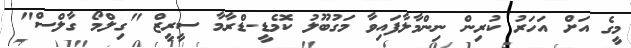
މީގެ އަށް އަހަރު ކުރިން ނިންމާލާފައިވާ މަގުބޫލު ކޮމެޑީ-ޑްރާމާ ސީރީޒް "ގިލްމޯ ގާލްސް"